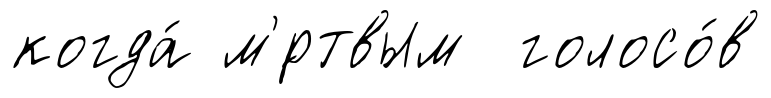
когда́ м'́ртвым голосо́в